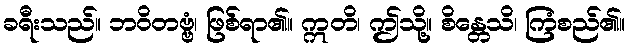
ခရီးသည်။ ဘဝိတဗ္ဗံ၊ ဖြစ်ရာ၏။ ဣတိ၊ ဤသို့။ စိန္တေသိ၊ ကြံစည်၏။